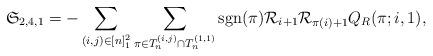
LaTeX: \begin{align*} \mathfrak{S}_{2,4,1} = - \sum_{(i,j)\in [n]_1^2} \sum_{\pi \in T_n^{(i,j)}\cap T_n^{(1,1)}} \mathrm{sgn}(\pi) \mathcal{R}_{i+1}\mathcal{R}_{\pi(i)+1}Q_R(\pi;i,1),\end{align*}